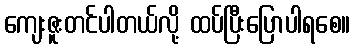
ကျေးဇူးတင်ပါတယ်လို့ ထပ်ပြီးပြောပါရစေ။